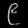
Digit: ၉